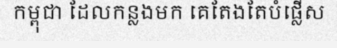
កម្ពុជា ដែលកន្លងមក គេតែងតែបំផ្លើស